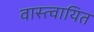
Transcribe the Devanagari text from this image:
वास्त्वायित